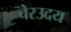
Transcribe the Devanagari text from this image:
चेरउदय